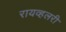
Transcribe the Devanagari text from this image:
रायव्हलरी